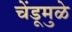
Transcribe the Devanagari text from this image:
चेंडूमुळे